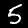
Label: 5